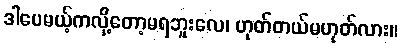
ဒါပေမယ့်ကလို့တော့မရဘူးလေ၊ ဟုတ်တယ်မဟုတ်လား။